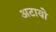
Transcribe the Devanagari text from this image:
अटायो